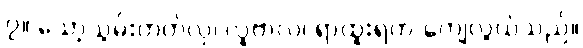
၇။ သော့သွမ်းတတ်လှ၊ လူဗာလ၊ ရာထူးရက-ကျေလွယ်သည်။